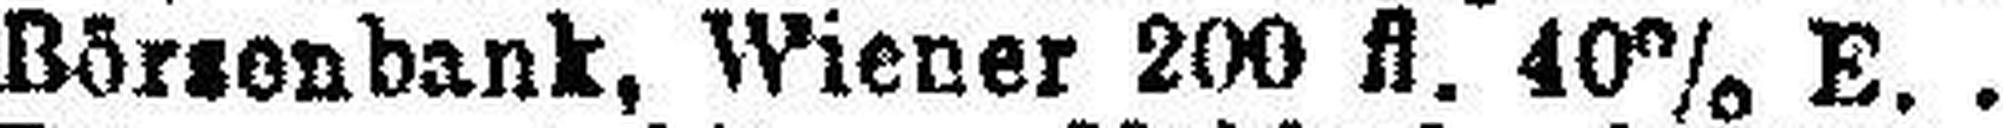
Börsenbank, Wiener 200 fl. 40% E.